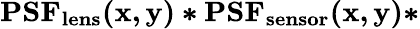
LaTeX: \mathbf{PSF_{lens}(x,y)*PSF_{sensor}(x,y)*}